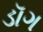
ડૉગ